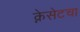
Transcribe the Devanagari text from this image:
क्नेसेटचा